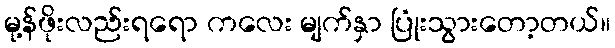
မု့န်ဖိုးလည်းရရော ကလေး မျက်နှာ ပြုံးသွားတော့တယ်။